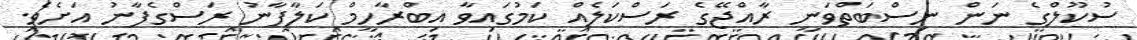
ސުކޫލްގެ ނަން ނިސްބަތްވަނީ ރާއްޖޭގެ ރަސްކަލެއް ކަމުގައިވާ އިބްރާހީމް ކަލާފާނު ރަސްގެފާނު އަށެވެ.